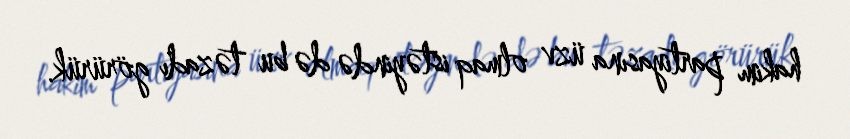
hakim partiyasına üzv olmaq istəyində də bu təzadı görürük.